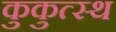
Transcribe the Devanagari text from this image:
कुकुत्स्थ